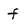
Character: f